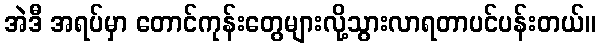
အဲဒီ အရပ်မှာ တောင်ကုန်းတွေများလို့သွားလာရတာပင်ပန်းတယ်။